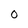
Character: 0